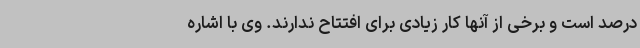
درصد است و برخی از آنها کار زیادی برای افتتاح ندارند. وی با اشاره